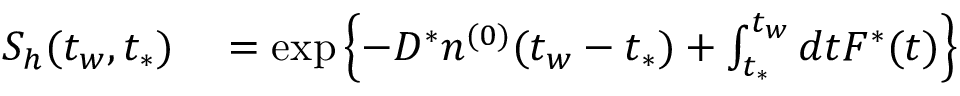
\begin{array} { r l } { S _ { h } ( t _ { w } , t _ { * } ) } & { { } = \exp \left\{ - D ^ { * } n ^ { ( 0 ) } ( t _ { w } - t _ { * } ) + \int _ { t _ { * } } ^ { t _ { w } } d t F ^ { * } ( t ) \right\} } \end{array}